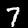
Label: 7